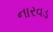
નારવડ